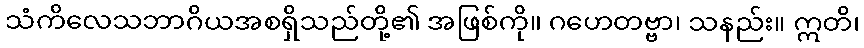
သံကိလေသဘာဂိယအစရှိသည်တို့၏ အဖြစ်ကို။ ဂဟေတဗ္ဗာ၊ သနည်း။ ဣတိ၊